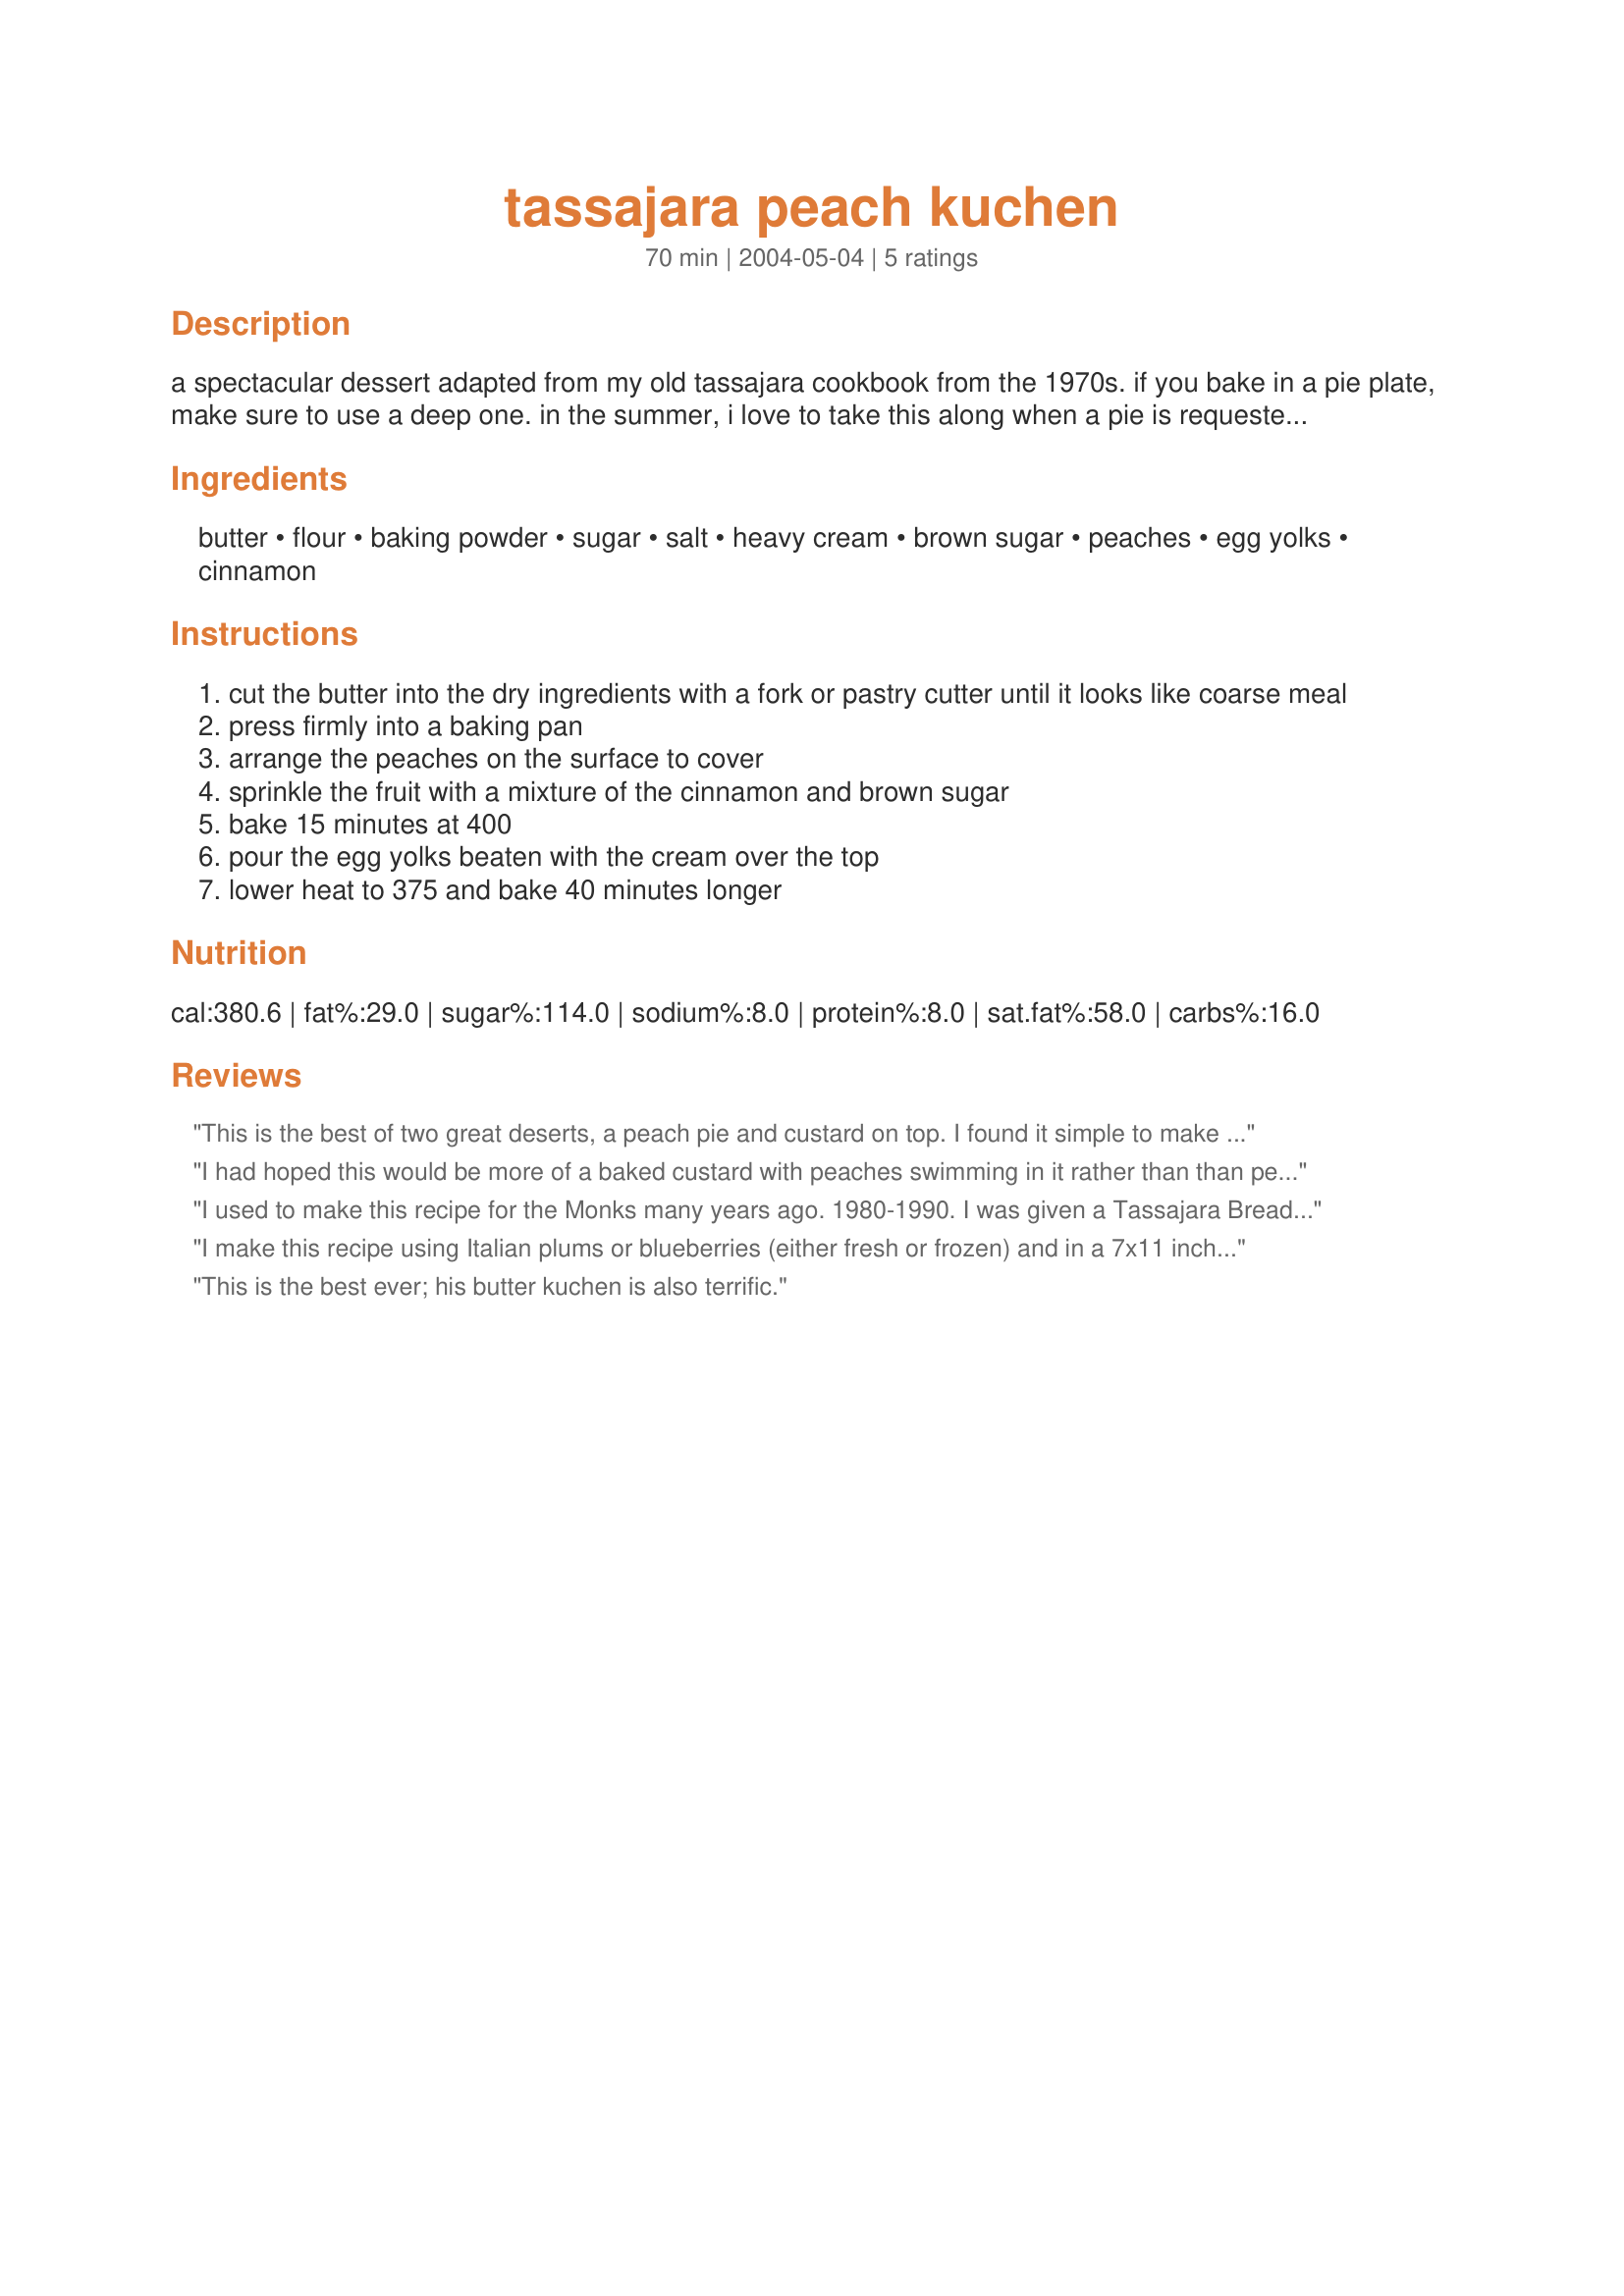
tassajara peach kuchen
Preparation time: 70 minutes

a spectacular dessert adapted from my old tassajara cookbook from the 1970s. if you bake in a pie plate, make sure to use a deep one. in the summer, i love to take this along when a pie is requested; the custardy top makes it look extra-special and it's delicious, too. supposedly, you can substitute 2 packages frozen peaches for the fresh peaches, but i've never done this.

Ingredients:
butter, flour, baking powder, sugar, salt, heavy cream, brown sugar, peaches, egg yolks, cinnamon

Steps:
cut the butter into the dry ingredients with a fork or pastry cutter until it looks like coarse meal
press firmly into a baking pan
arrange the peaches on the surface to cover
sprinkle the fruit with a mixture of the cinnamon and brown sugar
bake 15 minutes at 400
pour the egg yolks beaten with the cream over the top
lower heat to 375 and bake 40 minutes longer

Reviews:
This is the best of two great deserts, a peach pie and custard on top. I found it simple to make and the crust was nice and flaky. Even though my peaches weren't quite ripe, they softened up nicely during the oven. I did find the pie a bit watery when I cut it but maybe this would be helped by just tossing the peaches in a bit of flour or cornstarch before layering in the pie plate? I had a little bit of filling left over so I also filled some ramekins, which would be cute for dinner parties.
I had hoped this would be more of a baked custard with peaches swimming in it rather than than peach pie with a thin layer of custard floating on the top. (I see now that is exactly what it is described to be.) Nonetheless, it was tasty.
The only alterations I made were in using an 8.5" pie plate, 1 package of frozen peaches and using another poster's advice, I coated the peaches in corn starch. 
This is the first pie crust I have made and it didn't come out too badly! I only had an 8.5" pie plate, so it was a bit thick and turned a bit dark, but tasted great - like a shortbread cookie. 
My only complaint was that the custard was only about 1/4" thick. I can't imagine how thin it would be with a 10" pie plate.
I used to make this recipe for the Monks many years ago. 1980-1990. I was given a Tassajara Bread Book for Christmas one year! It is one of the most delicious desserts in the world! Of course I had thick just drawn cream from the dairy and I'd raised the eggs myself. I used canned peaches and they aren't too shabby. Just dry them off a bit before you use them after all they are just &quot;poached peaches&quot;. Apricots and pears are genius in this recipe too! Though you need mor apricots! Plums would be nice but you might want to poach them as they can be quite tart.
I make this recipe using Italian plums or blueberries (either fresh or frozen) and in a 7x11 inch baking pan. It always brings favourable comments when served.
This is the best ever; his butter kuchen is also terrific.
